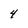
Character: 4